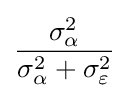
{\frac {\sigma _{\alpha }^{2}}{\sigma _{\alpha }^{2}+\sigma _{\varepsilon }^{2}}}